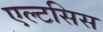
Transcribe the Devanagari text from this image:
एल्टसिस